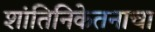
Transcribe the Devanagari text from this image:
शांतिनिकेतनाचा